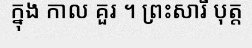
ក្នុង កាល គួរ ។ ព្រះសារី បុត្ត